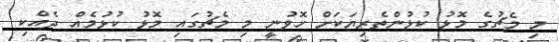
މި މެޗުގެ މޮޅު ކުޅުންތެރިޔަކަށް ހޮވުނީ މި މެޗުގައި މޮޅު ކުޅުމެއް ދެއްކި